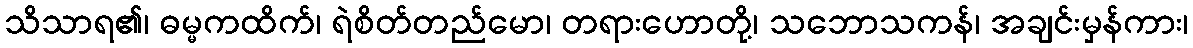
သိသာရ၏၊ ဓမ္မကထိက်၊ ရဲစိတ်တည်မော၊ တရားဟောတို့၊ သဘောသကန်၊ အချင်းမှန်ကား၊